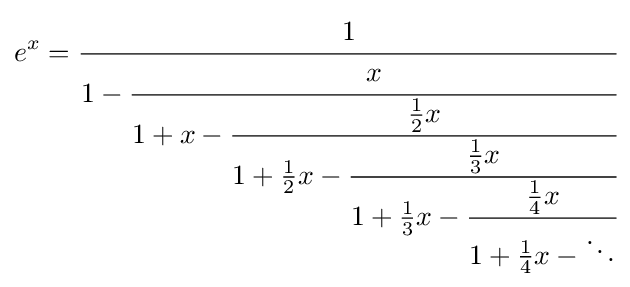
e^{x}={\cfrac {1}{1-{\cfrac {x}{1+x-{\cfrac {{\frac {1}{2}}x}{1+{\frac {1}{2}}x-{\cfrac {{\frac {1}{3}}x}{1+{\frac {1}{3}}x-{\cfrac {{\frac {1}{4}}x}{1+{\frac {1}{4}}x-\ddots }}}}}}}}}}